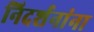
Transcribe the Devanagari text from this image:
निदर्शनांना